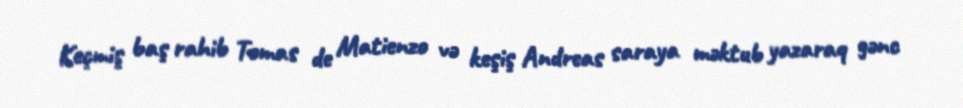
Keçmiş baş rahib Tomas de Matienzo və keşiş Andreas saraya məktub yazaraq gənc